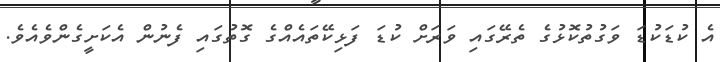
އެ ކުޑަކުޑަ ވަގުތުކޮޅުގެ ތެރޭގައި ވަރަށް ކުޑަ ފަޅިކޭތައެއްގެ ގޮތުގައި ފެނުން އެކަށީގެންވެއެވެ.